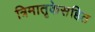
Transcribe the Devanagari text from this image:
त्रिमातृकेसहित